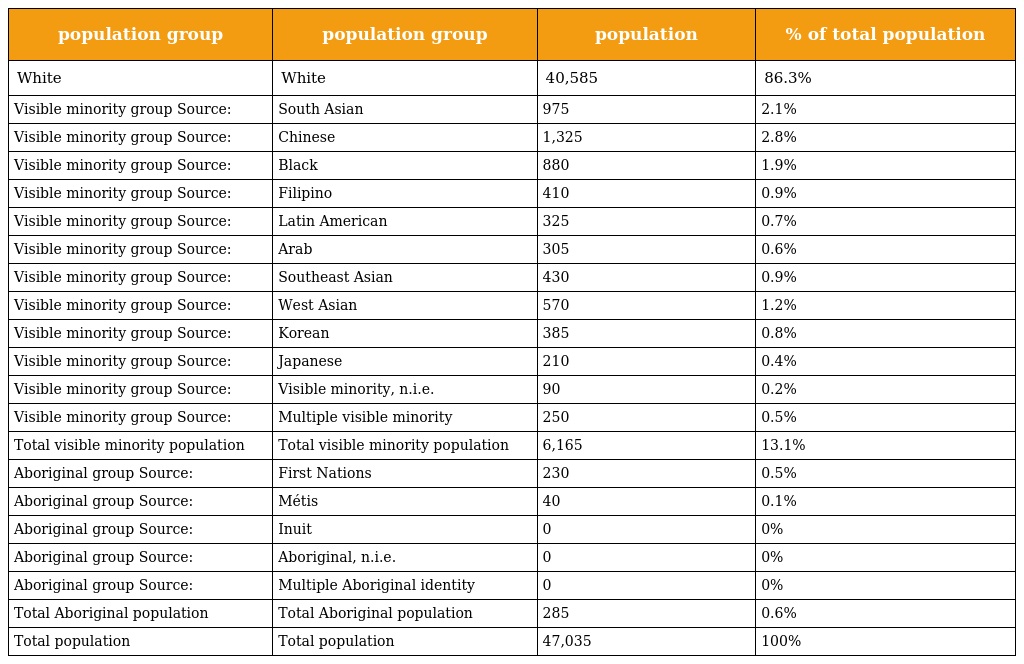
| population group | population group | population | % of total population |
 | --- | --- | --- | --- |
 | White | White | 40,585 | 86.3% |
 | Visible minority group Source: | South Asian | 975 | 2.1% |
 | Visible minority group Source: | Chinese | 1,325 | 2.8% |
 | Visible minority group Source: | Black | 880 | 1.9% |
 | Visible minority group Source: | Filipino | 410 | 0.9% |
 | Visible minority group Source: | Latin American | 325 | 0.7% |
 | Visible minority group Source: | Arab | 305 | 0.6% |
 | Visible minority group Source: | Southeast Asian | 430 | 0.9% |
 | Visible minority group Source: | West Asian | 570 | 1.2% |
 | Visible minority group Source: | Korean | 385 | 0.8% |
 | Visible minority group Source: | Japanese | 210 | 0.4% |
 | Visible minority group Source: | Visible minority, n.i.e. | 90 | 0.2% |
 | Visible minority group Source: | Multiple visible minority | 250 | 0.5% |
 | Total visible minority population | Total visible minority population | 6,165 | 13.1% |
 | Aboriginal group Source: | First Nations | 230 | 0.5% |
 | Aboriginal group Source: | Métis | 40 | 0.1% |
 | Aboriginal group Source: | Inuit | 0 | 0% |
 | Aboriginal group Source: | Aboriginal, n.i.e. | 0 | 0% |
 | Aboriginal group Source: | Multiple Aboriginal identity | 0 | 0% |
 | Total Aboriginal population | Total Aboriginal population | 285 | 0.6% |
 | Total population | Total population | 47,035 | 100% |